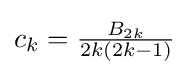
c_{k}={\tfrac {B_{2k}}{2k(2k-1)}}